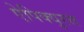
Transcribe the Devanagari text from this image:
ऐपिक्युरस